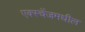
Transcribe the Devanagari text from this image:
एक्स्चेंजमधील